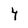
Character: 4